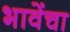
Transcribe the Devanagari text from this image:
भावेंचा